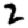
Digit: 2